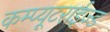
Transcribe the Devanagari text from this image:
कम्प्यूटराईज्ड